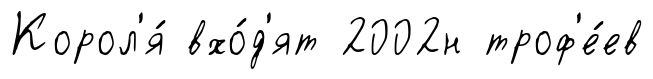
Корол'я́ вхо́д'ят 2002н троф'е́ев